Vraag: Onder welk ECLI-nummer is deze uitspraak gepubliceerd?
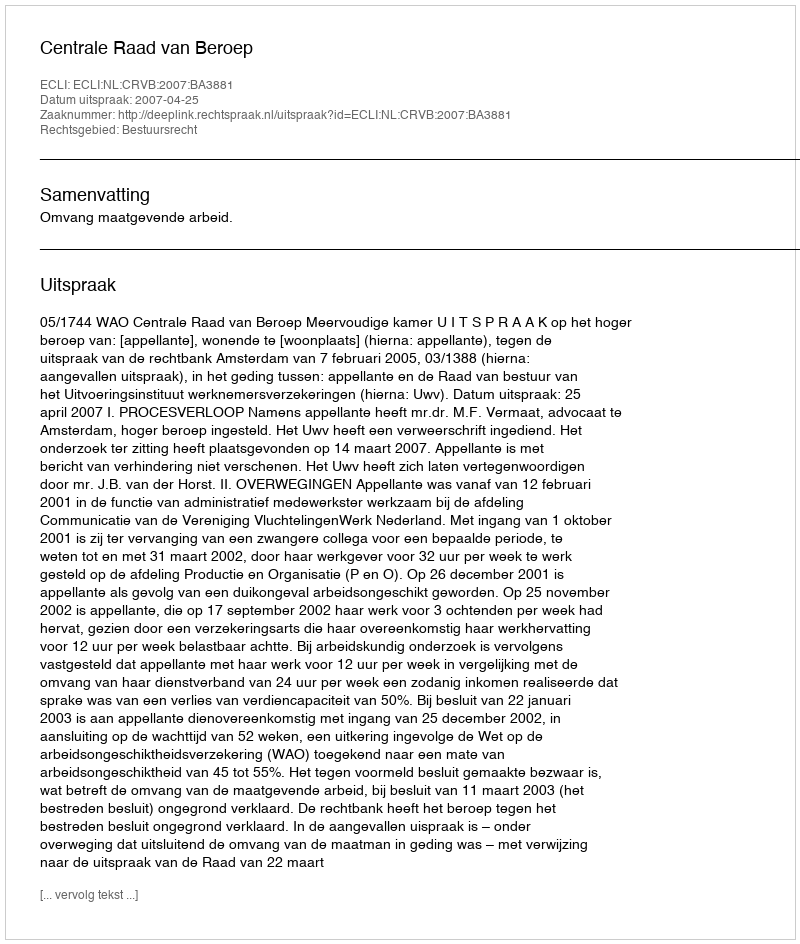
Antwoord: ECLI:NL:CRVB:2007:BA3881